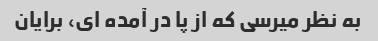
به نظر میرسی که از پا در آمده ای، برایان